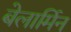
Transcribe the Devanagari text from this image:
बेलार्मिन